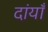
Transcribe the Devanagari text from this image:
दांयाँ